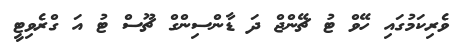
ވެރިކަމުގައި ހޭވް ޓު ޗޭންޖް ދަ ޑާންސިންގް ޗޫސް ޓު އަ ގްރެވިޓީ